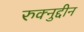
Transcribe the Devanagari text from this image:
रुक्नुद्दीन